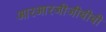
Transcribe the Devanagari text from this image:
आरआरजीजीबीबी